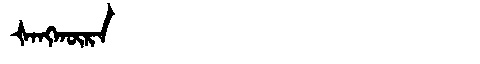
Manchu: ᡧᠠᠩᡴᡡᡵᠠ
Romanization: ŠANGKŪRA